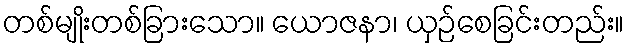
တစ်မျိုးတစ်ခြားသော။ ယောဇနာ၊ ယှဉ်စေခြင်းတည်း။